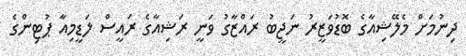
ދިނުމަށް މެލޭޝިއާގެ ބޮޑުވަޒީރު ނަޖީބު ރައްޒާގު ވަނީ ރަޝިއާގެ ރައީސް ލަޑީމިއާ ޕުޓިންގެ